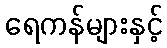
ရေကန်များနှင့်